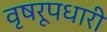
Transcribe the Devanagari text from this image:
वृषरूपधारी